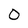
Character: 0